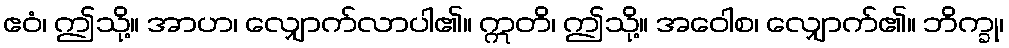
ဧဝံ၊ ဤသို့။ အာဟ၊ လျှောက်လာပါ၏။ ဣတိ၊ ဤသို့။ အဝေါစ၊ လျှောက်၏။ ဘိက္ခု၊